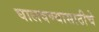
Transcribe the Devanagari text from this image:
घालवण्यासाठीचे